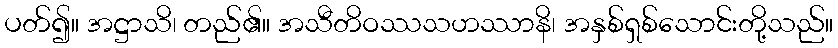
ပတ်၍။ အဋ္ဌာသိ၊ တည်၏။ အသီတိဝဿသဟဿာနိ၊ အနှစ်ရှစ်သောင်းတို့သည်။